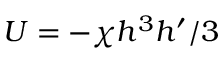
U = - \chi h ^ { 3 } h ^ { \prime } / 3